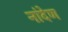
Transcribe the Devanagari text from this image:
नांदेण